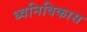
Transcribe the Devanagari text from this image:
ध्वनिविकास